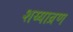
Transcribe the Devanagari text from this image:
शय्याव्रण